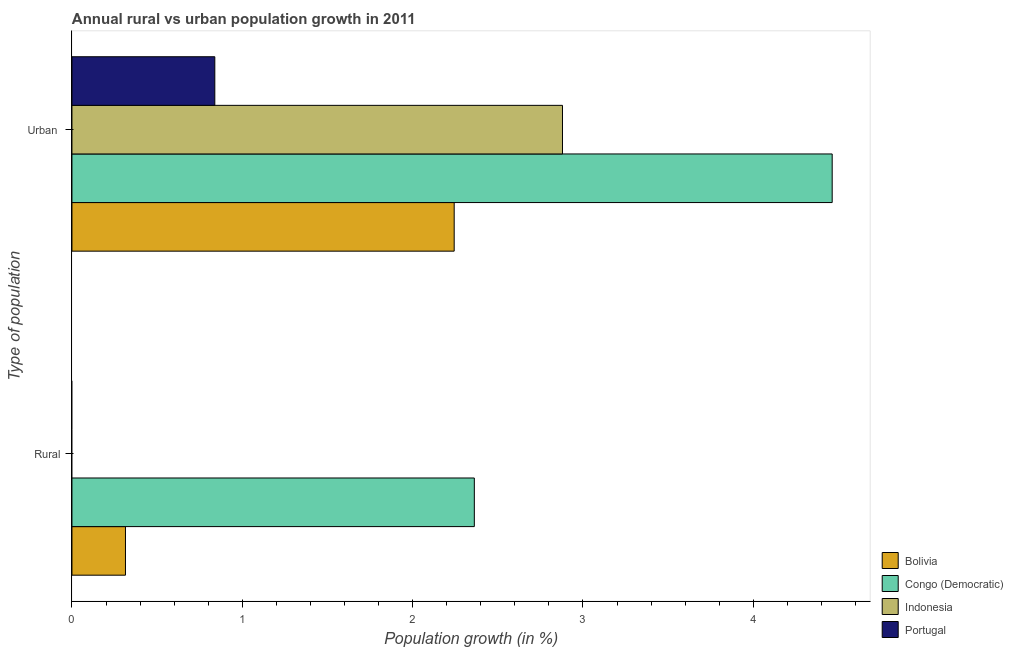
| Type of population | Bolivia | Congo (Democratic) | Indonesia | Portugal |
 | --- | --- | --- | --- | --- |
 | Rural | 0.314 | 2.36 | -0.272 | -1.68 |
 | Urban  | 2.24 | 4.46 | 2.88 | 0.839 |